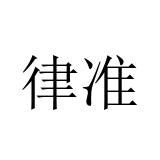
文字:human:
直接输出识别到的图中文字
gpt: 律准